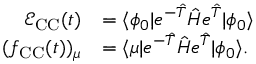
\begin{array} { r l } { \mathcal { E } _ { \mathrm { C C } } ( t ) } & { = \langle \phi _ { 0 } \vert e ^ { - \hat { T } } \hat { H } e ^ { \hat { T } } \vert \phi _ { 0 } \rangle } \\ { ( f _ { \mathrm { C C } } ( t ) ) _ { \mu } } & { = \langle \mu \vert e ^ { - \hat { T } } \hat { H } e ^ { \hat { T } } \vert \phi _ { 0 } \rangle . } \end{array}